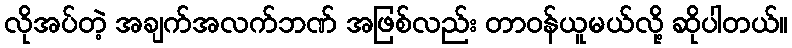
လိုအပ်တဲ့ အချက်အလက်ဘဏ် အဖြစ်လည်း တာဝန်ယူမယ်လို့ ဆိုပါတယ်။